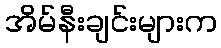
အိမ်နီးချင်းများက